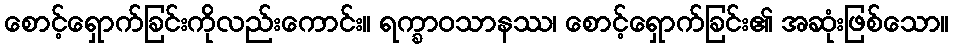
စောင့်ရှောက်ခြင်းကိုလည်းကောင်း။ ရက္ခာဝသာနဿ၊ စောင့်ရှောက်ခြင်း၏ အဆုံးဖြစ်သော။